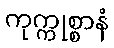
ကုက္ကုစ္စာနံ